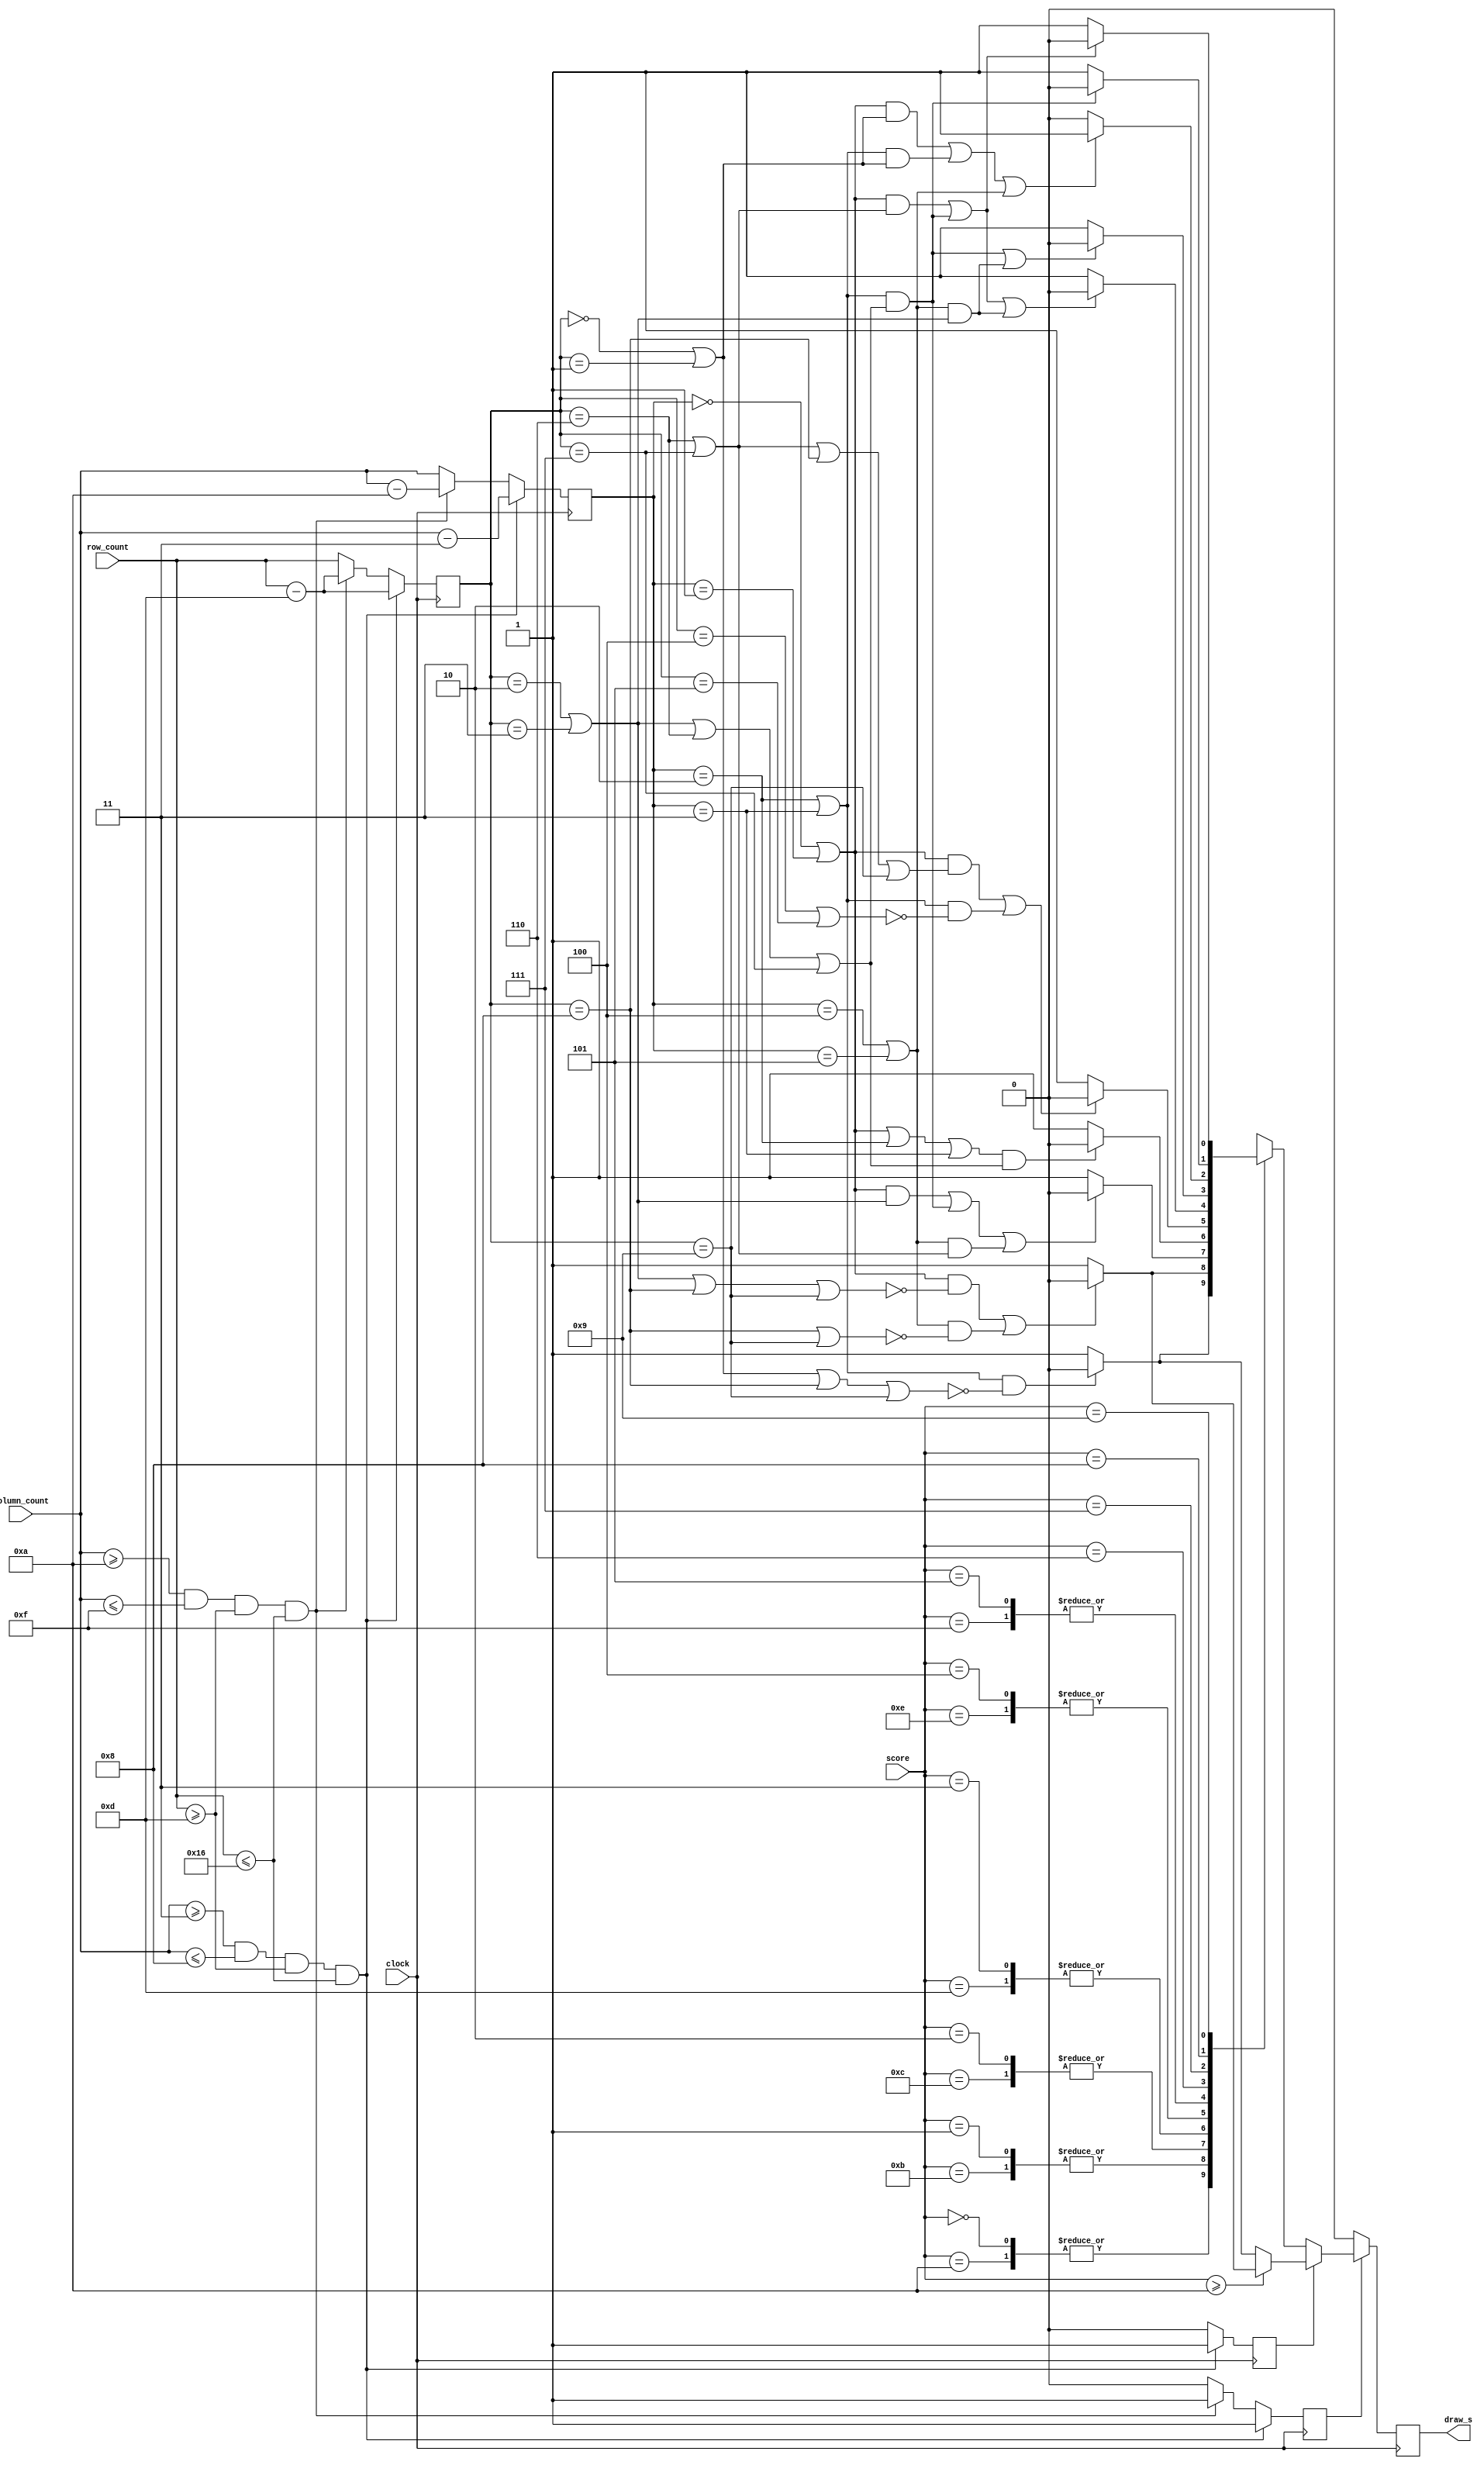
//To show the score on the screen
module Score_Display #(
    parameter 
    COL_S1 = 6'd3,
    COL_E1 = 6'd8,
    COL_S2 = 6'd10,
    COL_E2 = 6'd15,
    ROW_S  = 6'd13,
    ROW_E  = 6'd22
    ) (
    input clock,
    input [5:0] column_count,
    input [5:0] row_count,
    input [3:0] score,

    output reg draw_s
    );

    reg [5:0] fixed_column_count, fixed_row_count;
    reg display = 0, ten = 0;

    //Decide which number to display
    //fix the coordinate and get the corresponding score 
    always @(posedge clock) begin
        if (column_count >= COL_S1 & column_count <= COL_E1 & row_count >= ROW_S & row_count <= ROW_E) begin
            fixed_column_count <= column_count - COL_S1;
            fixed_row_count <= row_count - ROW_S;
            ten <= 1'b1;
            display <= 1'b1;
        end else if (column_count >= COL_S2 & column_count <= COL_E2 & row_count >= ROW_S & row_count <= ROW_E) begin
            fixed_column_count <= column_count - COL_S2;
            fixed_row_count <= row_count - ROW_S;
            ten <= 1'b0;
            display <= 1'b1;
        end else begin
            fixed_column_count <= column_count;
            fixed_row_count <= row_count;
            ten <= 1'b0;
            display <= 1'b0;
        end
    end

    always @(posedge clock) begin
        if (display) begin
            if (ten) begin
                if (score >= 6'd10) begin
                    draw_s <= (((fixed_column_count == 6'd0 | fixed_column_count == 6'd1) & ~(fixed_row_count == 6'd2 | fixed_row_count == 6'd3 | fixed_row_count == 6'd8 | fixed_row_count == 6'd9)) |
                               ((fixed_column_count == 6'd4 | fixed_column_count == 6'd5) & ~(fixed_row_count == 6'd8 | fixed_row_count == 6'd9))) ?
                        1'b0 : 1'b1;
                end
                else begin
                    draw_s <= ((fixed_column_count == 6'd2 | fixed_column_count == 6'd3) &
                               ~(fixed_row_count == 6'd0 | fixed_row_count == 6'd1 | fixed_row_count == 6'd8 | fixed_row_count == 6'd9)) ?
                        1'b0 : 1'b1;
                end
            end
            else begin
                case(score)
                    4'd0, 4'd10: begin
                        draw_s <= ((fixed_column_count == 6'd2 | fixed_column_count == 6'd3) &
                                    ~(fixed_row_count == 6'd0 | fixed_row_count == 6'd1 | fixed_row_count == 6'd8 | fixed_row_count == 6'd9)) ?
                            1'b0 : 1'b1;
                    end
                    4'd1, 4'd11: begin
                        draw_s <= (((fixed_column_count == 6'd0 | fixed_column_count == 6'd1) & ~(fixed_row_count == 6'd2 | fixed_row_count == 6'd3 | fixed_row_count == 6'd8 | fixed_row_count == 6'd9)) |
                                   ((fixed_column_count == 6'd4 | fixed_column_count == 6'd5) & ~(fixed_row_count == 6'd8 | fixed_row_count == 6'd9))) ?
                            1'b0 : 1'b1;
                    end
                    4'd2, 4'd12: begin
                        draw_s <= (((fixed_column_count == 6'd0 | fixed_column_count == 6'd1) & (fixed_row_count == 6'd2 | fixed_row_count == 6'd3)) |
                                   ((fixed_column_count == 6'd2 | fixed_column_count == 6'd3) & (fixed_row_count == 6'd2 | fixed_row_count == 6'd3 | fixed_row_count == 6'd6 | fixed_row_count == 6'd7))|
                                   ((fixed_column_count == 6'd4 | fixed_column_count == 6'd5) & (fixed_row_count == 6'd6 | fixed_row_count == 6'd7))) ?
                            1'b0 : 1'b1;
                    end
                    4'd3, 4'd13: begin
                        draw_s <= ((fixed_column_count == 6'd0 | fixed_column_count == 6'd1 | fixed_column_count == 6'd2 | fixed_column_count == 6'd3) &
                                   (fixed_row_count == 6'd2 | fixed_row_count == 6'd3 | fixed_row_count == 6'd6 | fixed_row_count == 6'd7)) ?
                            1'b0 : 1'b1;
                    end
                    4'd4, 4'd14: begin
                        draw_s <= (((fixed_column_count == 6'd0 | fixed_column_count == 6'd1) & (fixed_row_count == 6'd6 | fixed_row_count == 6'd7 | fixed_row_count == 6'd8 | fixed_row_count == 6'd9)) |
                                   ((fixed_column_count == 6'd2 | fixed_column_count == 6'd3) & ~(fixed_row_count == 6'd4 | fixed_row_count == 6'd5))) ?
                            1'b0 : 1'b1;
                    end
                    4'd5, 4'd15: begin
                        draw_s <= (((fixed_column_count == 6'd0 | fixed_column_count == 6'd1) & (fixed_row_count == 6'd6 | fixed_row_count == 6'd7)) |
                                   ((fixed_column_count == 6'd2 | fixed_column_count == 6'd3) & (fixed_row_count == 6'd2 | fixed_row_count == 6'd3 | fixed_row_count == 6'd6 | fixed_row_count == 6'd7))|
                                   ((fixed_column_count == 6'd4 | fixed_column_count == 6'd5) & (fixed_row_count == 6'd2 | fixed_row_count == 6'd3))) ?
                            1'b0 : 1'b1;
                    end
                    4'd6: begin
                        draw_s <= (((fixed_column_count == 6'd2 | fixed_column_count == 6'd3) & (fixed_row_count == 6'd2 | fixed_row_count == 6'd3 | fixed_row_count == 6'd6 | fixed_row_count == 6'd7))|
                                   ((fixed_column_count == 6'd4 | fixed_column_count == 6'd5) & (fixed_row_count == 6'd2 | fixed_row_count == 6'd3))) ?
                            1'b0 : 1'b1;
                    end
                    4'd7: begin
                        draw_s <= (((fixed_column_count == 6'd0 | fixed_column_count == 6'd1) & (fixed_row_count == 6'd0 | fixed_row_count == 6'd1)) |
                                   ((fixed_column_count == 6'd2 | fixed_column_count == 6'd3) & (fixed_row_count == 6'd0 | fixed_row_count == 6'd1)) |
                                    (fixed_column_count == 6'd4 | fixed_column_count == 6'd5)) ?
                        1'b1 : 1'b0;
                    end
                    4'd8: begin
                        draw_s <= ((fixed_column_count == 6'd2 | fixed_column_count == 6'd3) & 
                                   (fixed_row_count == 6'd2 | fixed_row_count == 6'd3 | fixed_row_count == 6'd6 | fixed_row_count == 6'd7)) ?
                            1'b0 : 1'b1;
                    end
                    4'd9: begin
                        draw_s <= ((fixed_column_count == 6'd0 | fixed_column_count == 6'd1) & (fixed_row_count == 6'd6 | fixed_row_count == 6'd7) |
                                   (fixed_column_count == 6'd2 | fixed_column_count == 6'd3) & (fixed_row_count == 6'd2 | fixed_row_count == 6'd3 | fixed_row_count == 6'd6 | fixed_row_count == 6'd7)) ?
                            1'b0 : 1'b1;
                    end
                endcase
            end
        end
        else begin
            draw_s <= 0;
        end
    end

endmodule